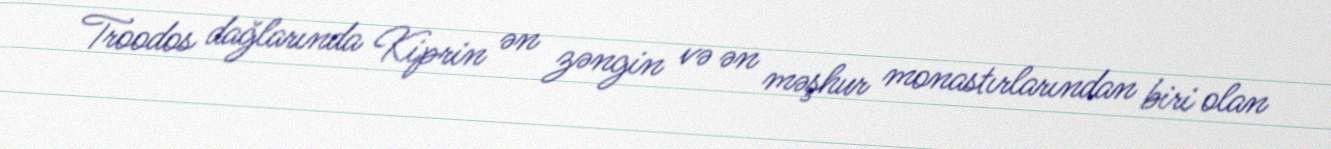
Troodos dağlarında Kiprin ən zəngin və ən məşhur monastırlarından biri olan